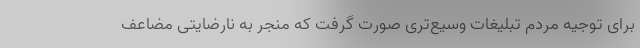
برای توجیه مردم تبلیغات وسیع‌تری صورت گرفت که منجر به نارضایتی مضاعف